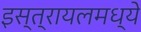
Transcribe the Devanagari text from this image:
इस्त्रायलमध्ये